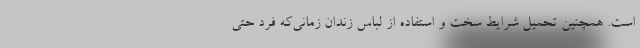
است. همچنین تحمیل شرایط سخت و استفاده از لباس زندان زمانی‌که فرد حتی